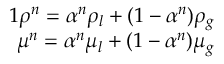
\begin{array} { r } { { 1 } \rho ^ { n } = \alpha ^ { n } \rho _ { l } + ( 1 - \alpha ^ { n } ) \rho _ { g } } \\ { \mu ^ { n } = \alpha ^ { n } \mu _ { l } + ( 1 - \alpha ^ { n } ) \mu _ { g } } \end{array}